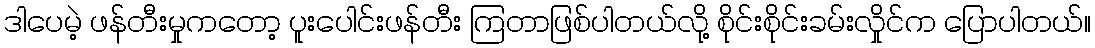
ဒါပေမဲ့ ဖန်တီးမှုကတော့ ပူးပေါင်းဖန်တီး ကြတာဖြစ်ပါတယ်လို့ စိုင်းစိုင်းခမ်းလှိုင်က ပြောပါတယ်။